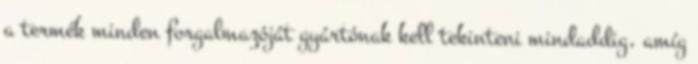
a termék minden forgalmazóját gyártónak kell tekinteni mindaddig, amíg